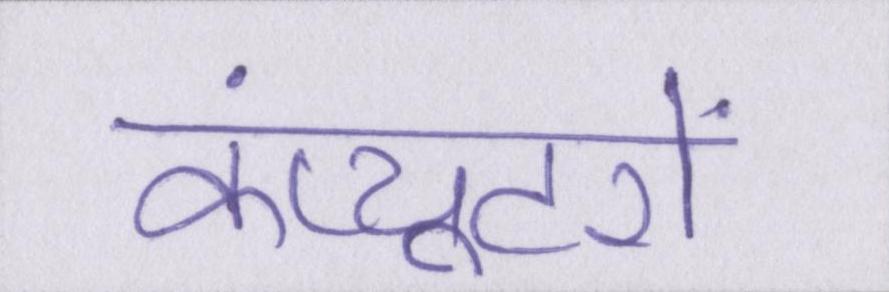
कंप्यूटरों